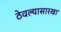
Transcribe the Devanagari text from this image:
ठेवल्यासारखा